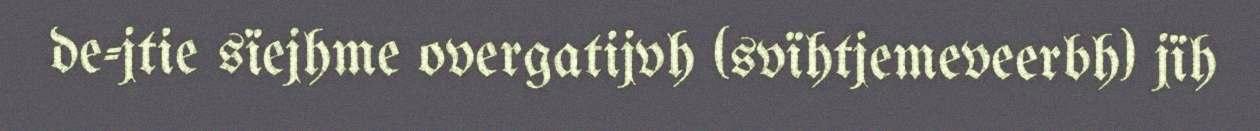
de-jtie sïejhme overgatijvh (svïhtjemeveerbh) jïh